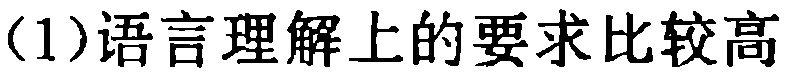
(1)语言理解上的要求比较高